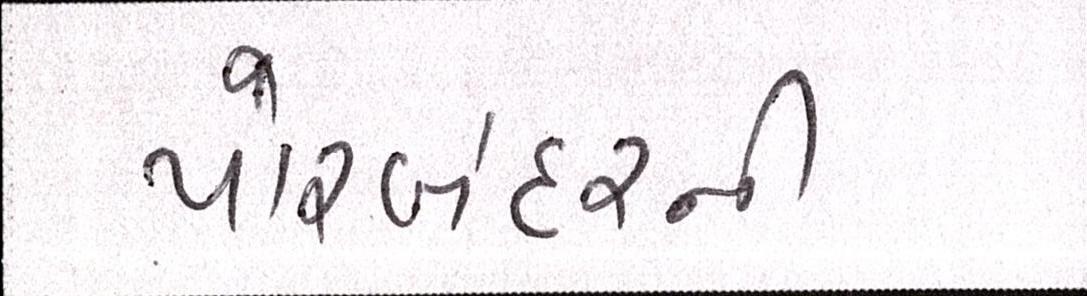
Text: પોરબંદરની